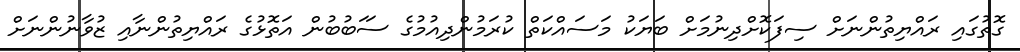
ގޮތުގައި ރައްޔިތުންނަށް ސިފަކޮށްދިނުމަށް ބަޔަކު މަސައްކަތް ކުރަމުންދިއުމުގެ ސަަބުބުން އަތޮޅުގެ ރައްޔިތުންނާއި ޒުވާނުންނަށް